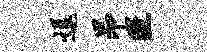
逗昂匿